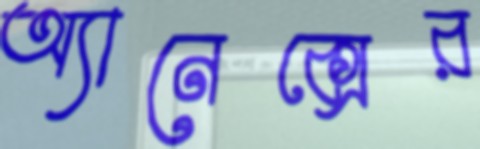
অ্যানেক্সের